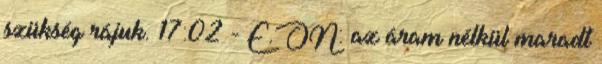
szükség rájuk. 17:02 - E.ON: az áram nélkül maradt